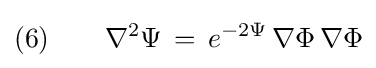
(6)\qquad \nabla ^{2}\Psi \,=\,e^{-2\Psi }\,\nabla \Phi \,\nabla \Phi